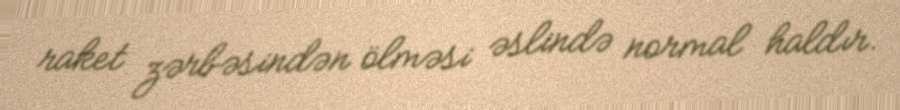
raket zərbəsindən ölməsi əslində normal haldır.